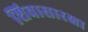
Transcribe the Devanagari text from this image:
शिवासारखा